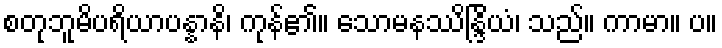
စတုဘူမိပရိယာပန္နာနိ၊ ကုန်၏။ သောမနဿိန္ဒြိယံ၊ သည်။ ကာမာ။ ပ။